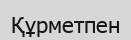
Құрметпен